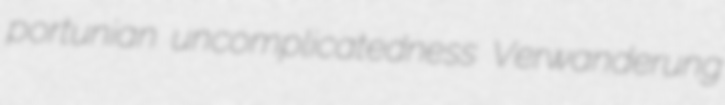
portunian uncomplicatedness Verwanderung